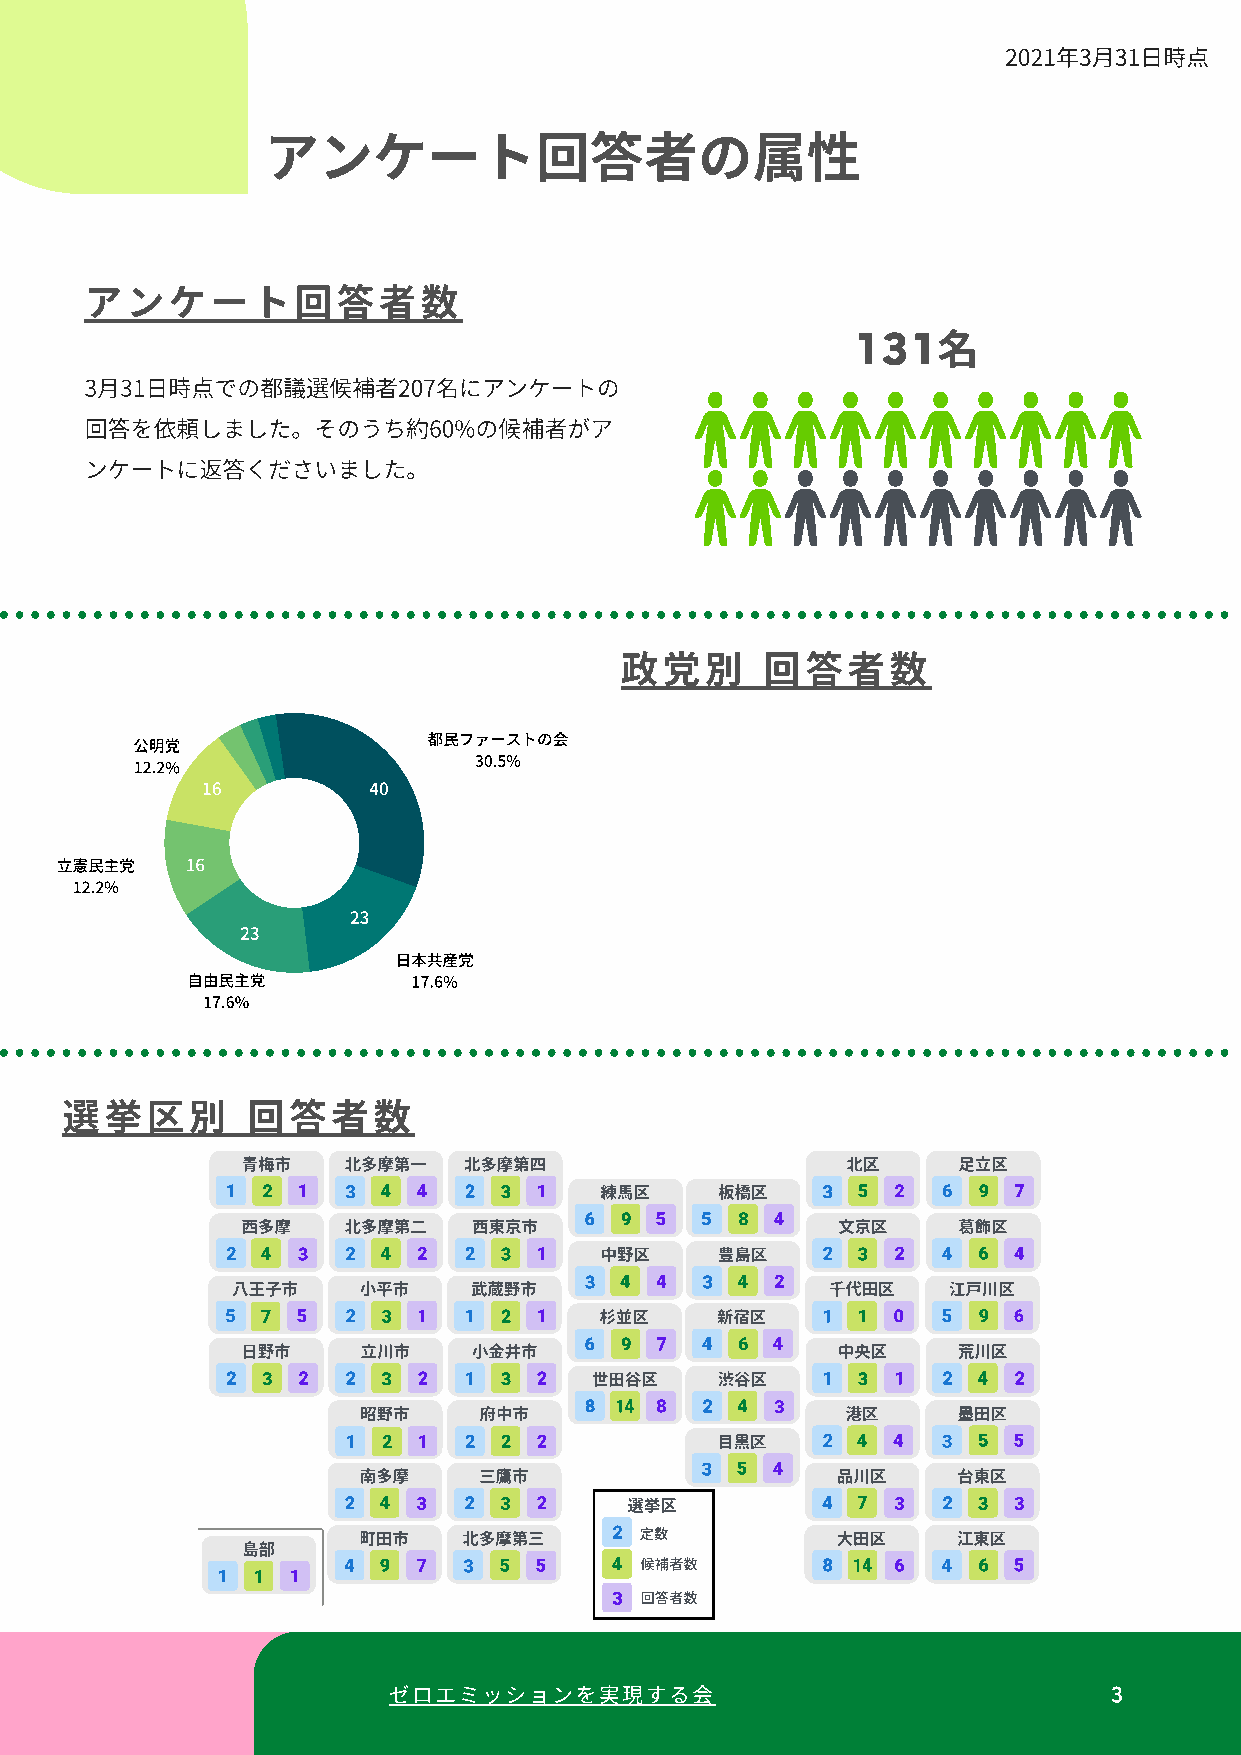
2021年3⽉31⽇時点
 アンケート回者の属性
 アンケート回者
 131
 3⽉31⽇時点での都議選候補者207名にアンケートの
 回答を依頼しました。そのうち約60%の候補者がア
 ンケートに返答くださいました。
 政別       回者
 無所属
 未定 2.3%
 3.1%
 都⺠ファーストの会
 公明党
 30.5%
 12.2%
 16         40
 ⽴憲⺠主党   16
 12.2%
 23
 23
 ⽇本共産党
 ⾃由⺠主党          17.6%
 17.6%
 挙別        回者
 ⻘梅市    北多摩第⼀   北多摩第四                    北区     ⾜⽴区
 練⾺区     板橋区
 ⻄多摩    北多摩第⼆   ⻄東京市                    ⽂京区     葛飾区
 中野区     豊島区
 ⼋王⼦市     ⼩平市    武蔵野市                    千代⽥区    江⼾川区
 杉並区    新宿区
 ⽇野市     ⽴川市    ⼩⾦井市                    中央区     荒川区
 世⽥⾕区    渋⾕区
 昭野市     府中市                     港区     墨⽥区
 ⽬黒区
 南多摩     三鷹市                    品川区     台東区
 選挙区
 町⽥市    北多摩第三      定数           ⼤⽥区     江東区
 島部
 候補者数
 回答者数
 ゼロエミッションを現する                                  3